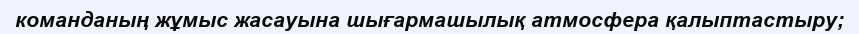
команданың жұмыс жасауына шығармашылық атмосфера қалыптастыру;